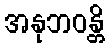
အနုဘဝန္တိ